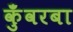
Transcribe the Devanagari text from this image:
कुँवरबा